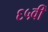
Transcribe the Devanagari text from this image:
६५वीं